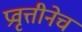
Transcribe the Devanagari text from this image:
प्रवृत्तीनेच